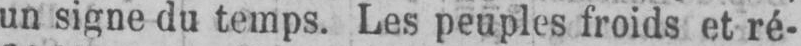
un signe du temps. Les peuples froids et ré-